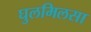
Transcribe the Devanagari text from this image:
घुलमिलसा